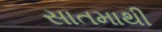
સાતમાથી